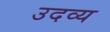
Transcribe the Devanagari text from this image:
उदव्य